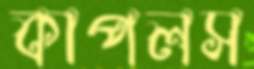
কাপলস